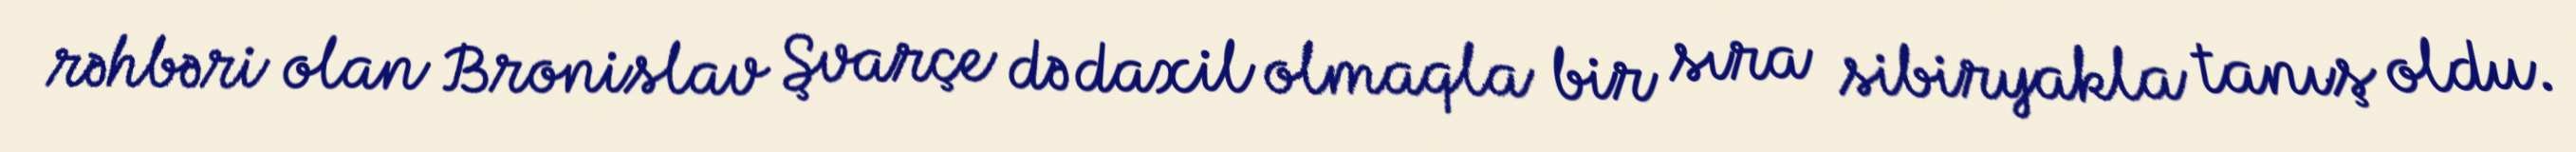
rəhbəri olan Bronislav Şvarçe də daxil olmaqla bir sıra sibiryakla tanış oldu.